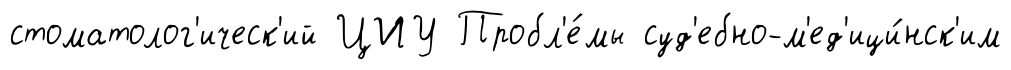
стоматолог'ическ'ий ЦИУ Пробл'е́мы суд'ебно-м'ед'ици́нск'им